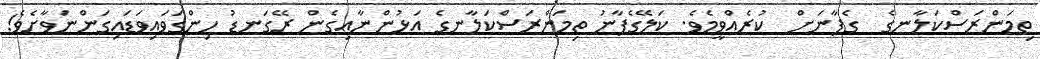
ތިމަންރަސްކަލާނގެ  ގެފާނަށް  ކުރެއްވީމެވެ. ކަލޭގެފާނު ތިމަންރަސްކަލާނގެ އަޅުންނާއިގެން ރޭގަނޑު ހިންގަވައިވަޑައިގަންނަވާށެވެ!